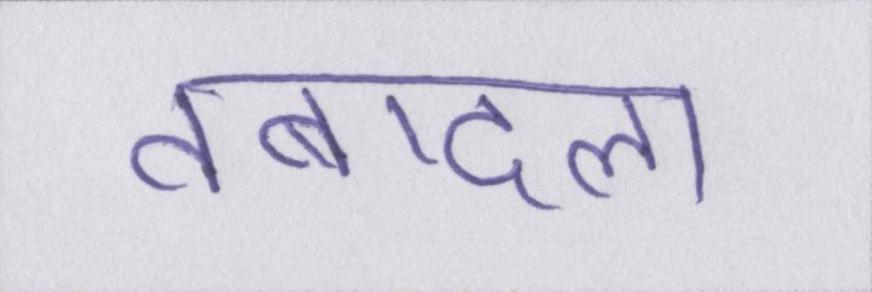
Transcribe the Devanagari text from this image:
तबादला